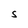
Character: S